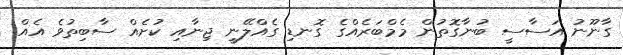
ގާނޫނު އަސާސީ ބުނާގޮތުން މެމްބަރެއްގެ ގޮނޑި ގެއްލޭނީ ޖިނާއި ކުށެއް ސާބިތުވެ އެއް